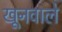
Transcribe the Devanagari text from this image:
खूनवाले